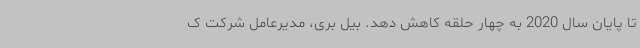
تا پایان سال 2020 به چهار حلقه کاهش دهد. بیل بری، مدیرعامل شرکت ک